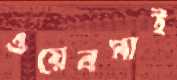
ওয়েবসাই